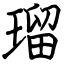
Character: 瑠